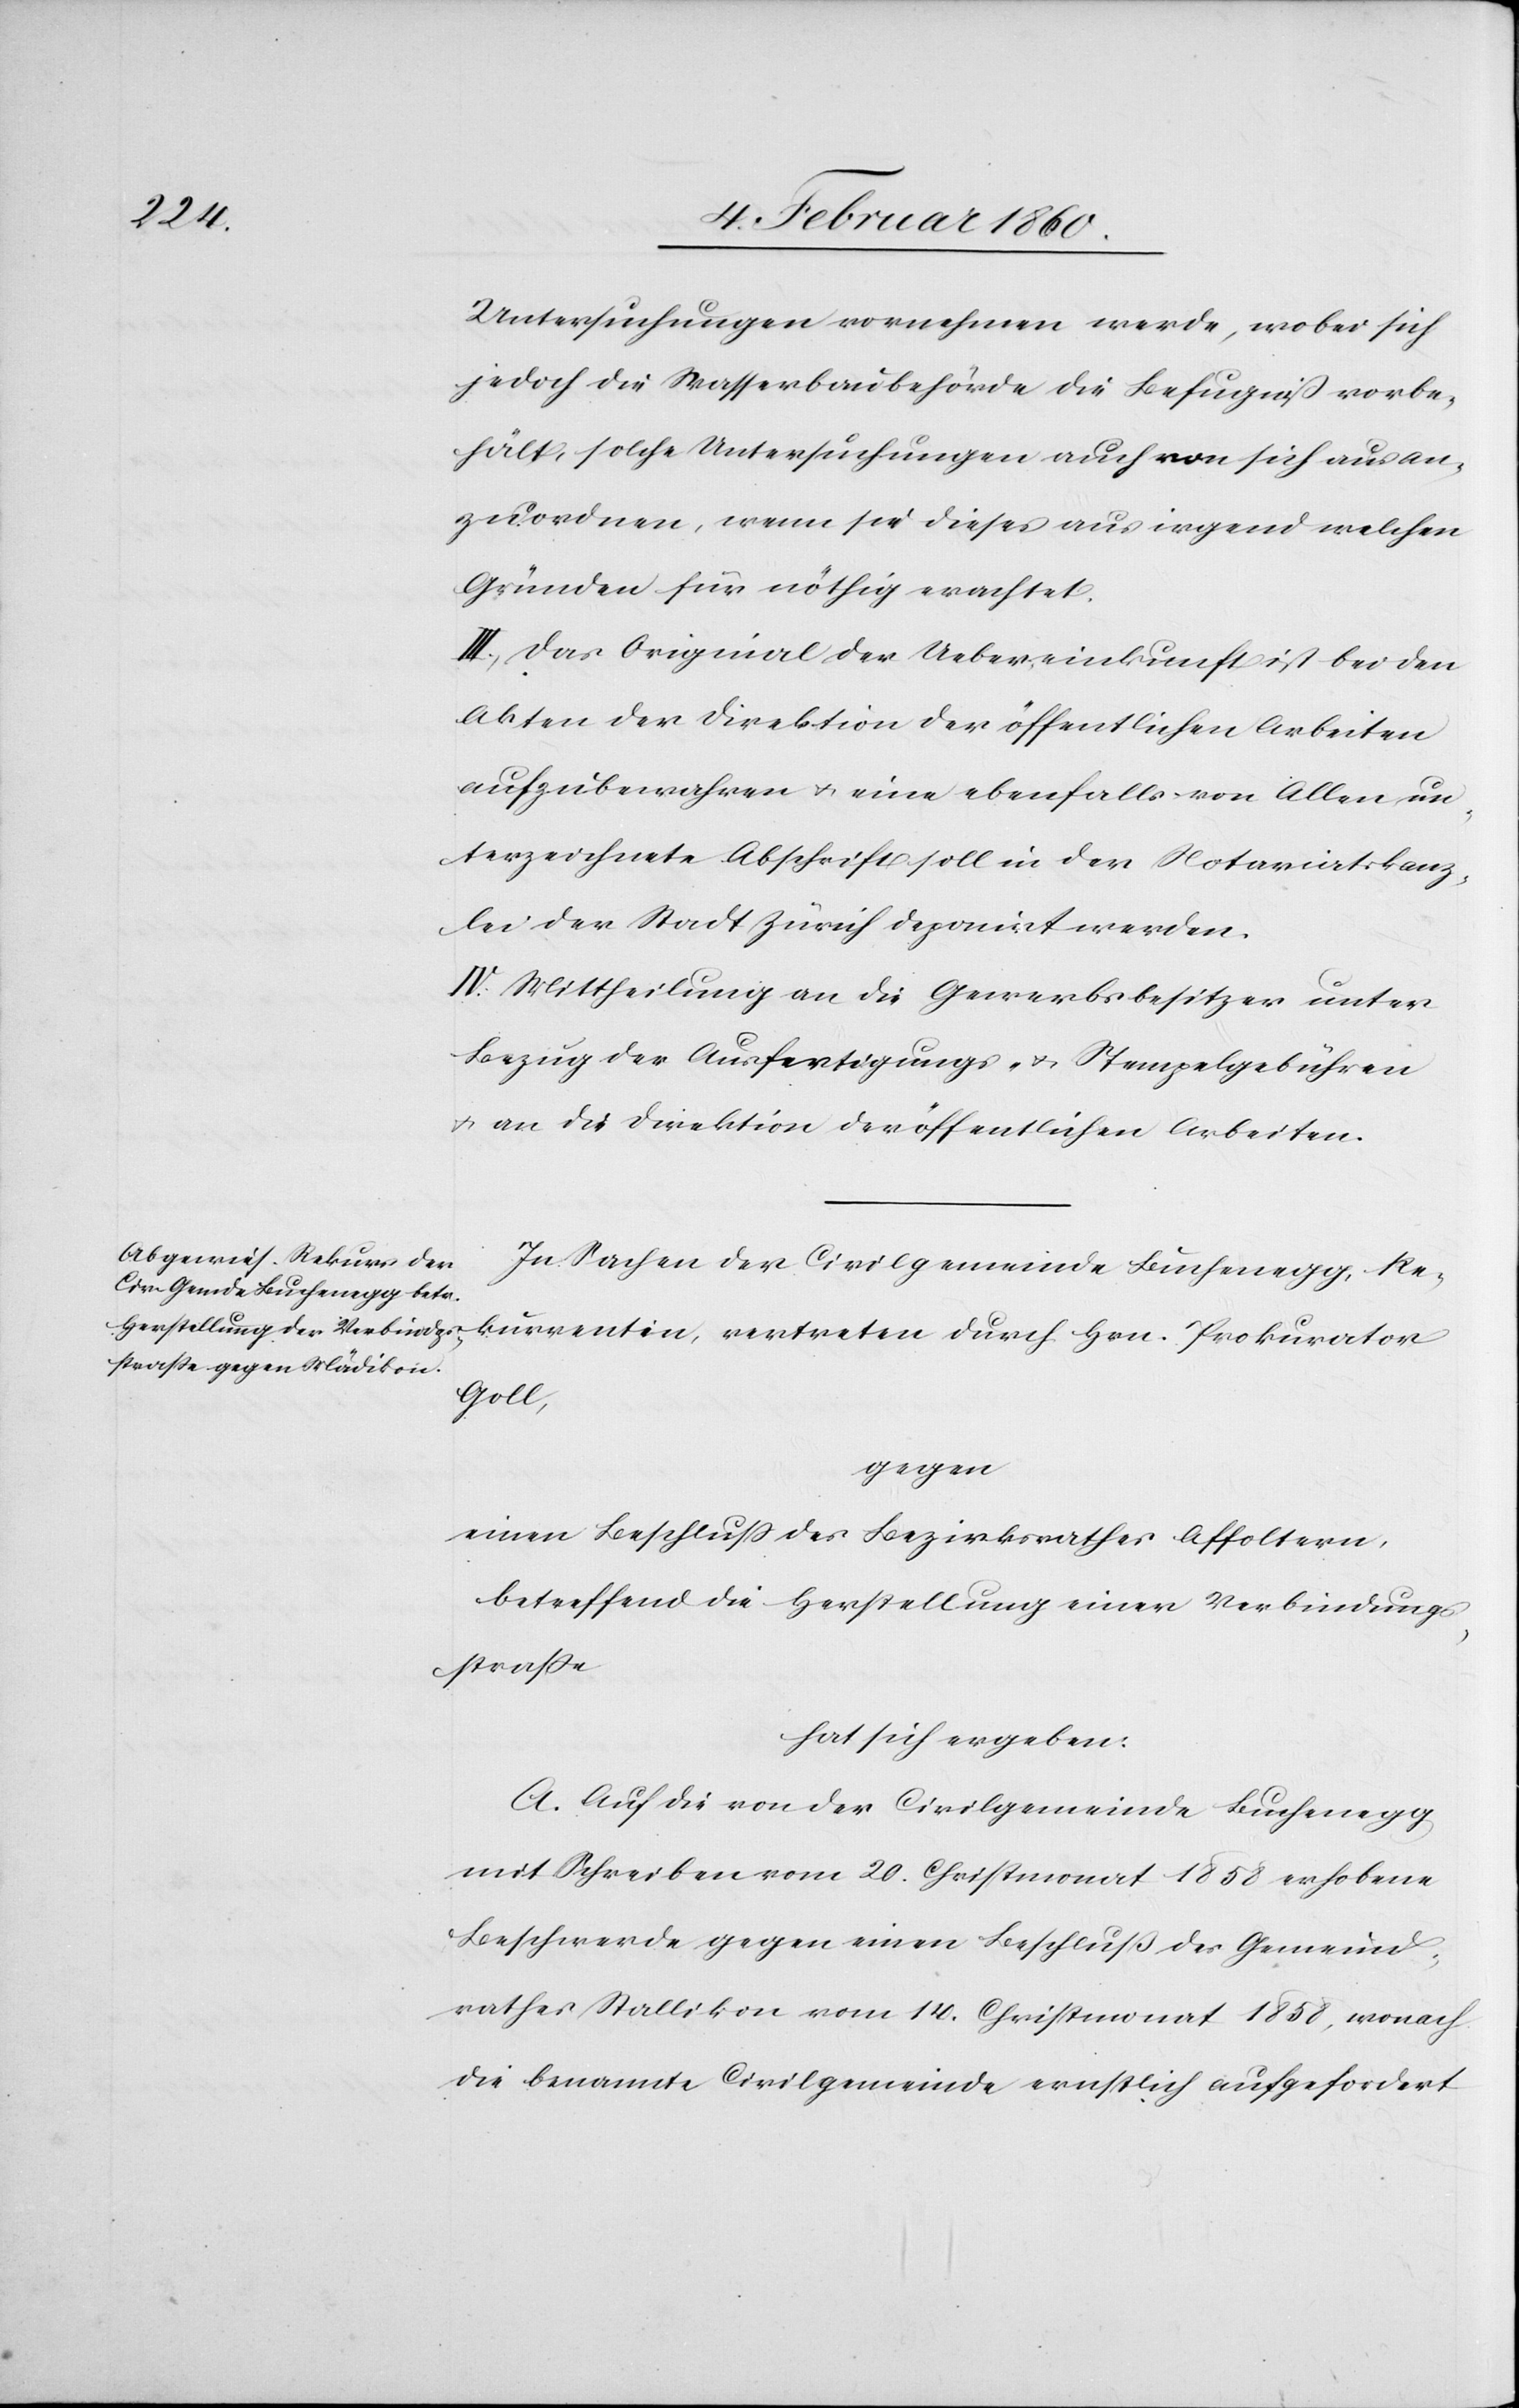
urrentin,
Untersuchungen vornehmen werde, wobei sich
jedoch die Wasserbaubehörde die Befugniss vorbe¬
hält, solche Untersuchungen auch von sich aus an¬
zuordnen, wenn sie dieses aus irgend welchen
Gründen für nöthig erachtet.
III. Das Original der Uebereinkunft ist bei den
Akten der Direktion der öffentlichen Arbeiten
aufzubewahren u. eine ebenfalls von Allen un¬
terzeichnete Abschrift soll in der Notariatskanz¬
lei der Stadt Zürich deponirt werden.
IV. Mittheilung an die Gewerbsbesitzer unter
Bezug der Ausfertigungs- u. Stempelgebühren
u. an die Direktion der öffentlichen Arbeiten.
In Sachen der Civilgemeinde Buchenegg, Rek¬
Goll,
gegen
einen Beschluss des Bezirksrathes Affoltern,
betreffend die Herstellung einer Verbindungs¬
strasse
hat sich ergeben:
A. Auf die von der Civilgemeinde Buchenegg
mit Schreiben vom 20. Christmonat 1858 erhobene
Beschwerde gegen einen Beschluß des Gemeind¬
rathes Stallikon vom 14. Christmonat 1858, wonach
die benannte Civilgemeinde ernstlich aufgefordert